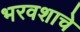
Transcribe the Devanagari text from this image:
भरवशाचे